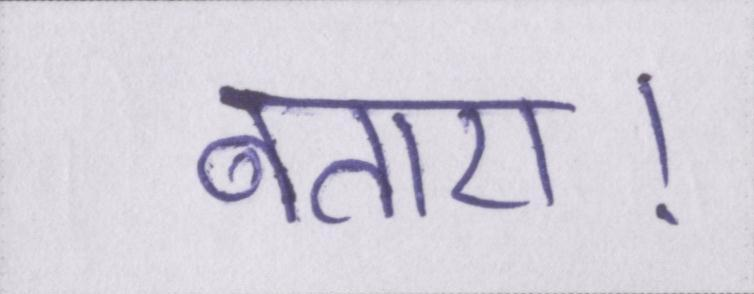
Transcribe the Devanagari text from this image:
बताए।